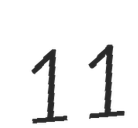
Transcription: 11